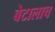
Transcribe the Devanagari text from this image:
बेटालाच